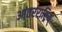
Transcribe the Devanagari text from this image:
आंतरराष्ट्रिय्